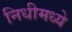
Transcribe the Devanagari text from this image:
निधीमध्ये